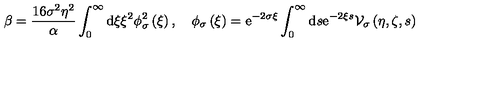
\beta = \frac { 1 6 \sigma ^ { 2 } \eta ^ { 2 } } { \alpha } \int _ { 0 } ^ { \infty } \mathrm { d } \xi \xi ^ { 2 } \phi _ { \sigma } ^ { 2 } \left( \xi \right) , \quad \phi _ { \sigma } \left( \xi \right) = \mathrm { e } ^ { - 2 \sigma \xi } \int _ { 0 } ^ { \infty } \mathrm { d } s \mathrm { e } ^ { - 2 \xi s } { \cal V } _ { \sigma } \left( \eta , \zeta , s \right)